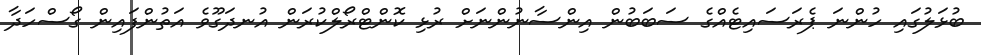
ބުޅަލުގައި ހުންނަ ޕެރަސައިޓެއްގެ ސަބަބުން އިންސާނުންނަށް ރުޅި ކޮންޓްރޯލްކުރަން އުނދަގޫވެ އަތުންފައިން ގޯސްހަދާ